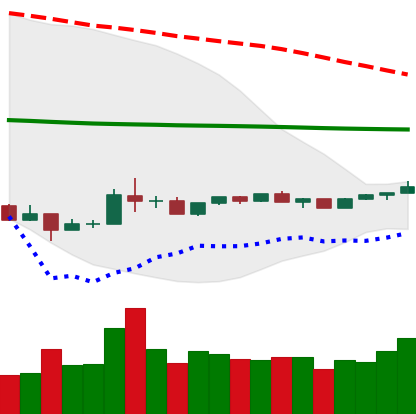
Ticker: ADA-USD
Chart end date: 2020-04-02
Forward return: 9.858%
Label: up_7plus